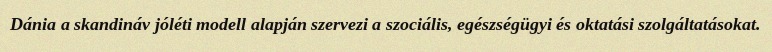
Dánia a skandináv jóléti modell alapján szervezi a szociális, egészségügyi és oktatási szolgáltatásokat.